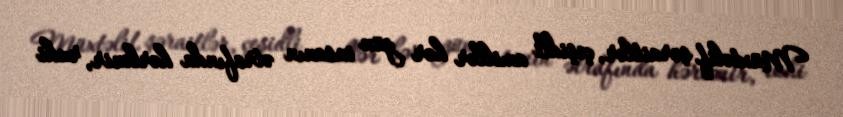
Müxtəlif şəraitlər, çeşidli amillər hər gün insanın ətrafında hərlənir, ruhi